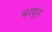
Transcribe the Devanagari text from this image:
बरवून